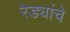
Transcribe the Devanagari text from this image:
रेड्यांचे